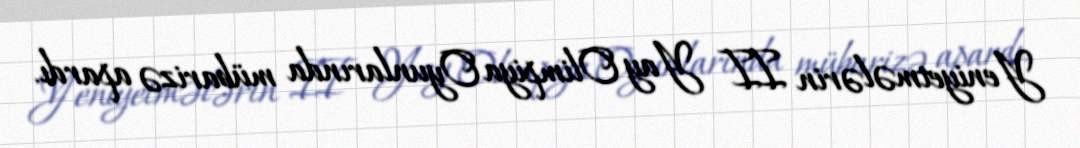
Yeniyetmələrin II Yay Olimpiya Oyunlarında mübarizə apardı.